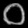
Digit: ၀